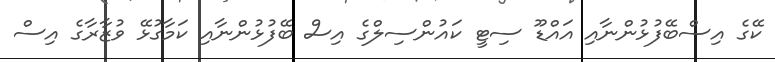
ކޭގެ އިސްބޭފުޅުންނާއި އައްޑޫ ސިޓީ ކައުންސިލްގެ އިސް ބޭފުޅުންނާއި ކަމާގުޅޭ ވުޒާރާގެ އިސް